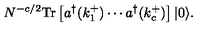
N ^ { - c / 2 } \mathrm { T r } \left[ a ^ { \dagger } ( k _ { 1 } ^ { + } ) \cdots a ^ { \dagger } ( k _ { c } ^ { + } ) \right] | 0 \rangle .